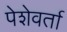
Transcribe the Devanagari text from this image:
पेशेवर्ता